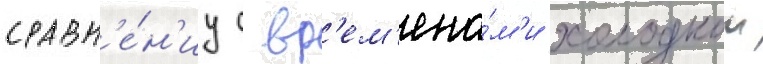
сравн'е́н'иу с вр'ем'ена́м'и холоднои